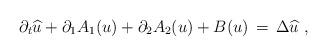
LaTeX: \begin{align*} \partial_t \widehat u + \partial_1 A_1(u) + \partial_2 A_2(u) + B(u) \,=\, \Delta \widehat u~, \end{align*}